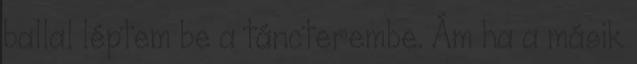
ballal léptem be a táncterembe. Ám ha a másik